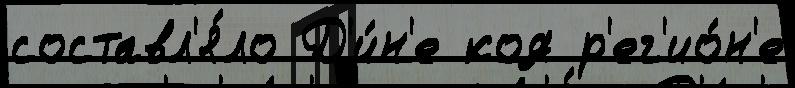
составл'я́ло Д'и́н'е код р'ег'ио́н'е